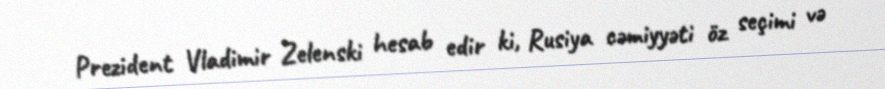
Prezident Vladimir Zelenski hesab edir ki, Rusiya cəmiyyəti öz seçimi və